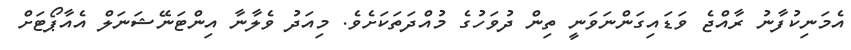
އެމަނިކުފާނު ރާއްޖެ ވަޑައިގަންނަވަނީ ތިން ދުވަހުގެ މުއްދަތަކަށެވެ. މިއަދު ވެލާނާ އިންޓަނޭޝަނަލް އެއާޕޯޓަށް